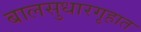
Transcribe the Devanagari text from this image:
बालसुधारगृहात